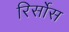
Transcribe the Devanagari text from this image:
रिर्सोस